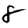
Digit: 8